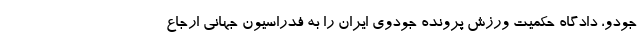
جودو، دادگاه حکمیت ورزش پرونده جودوی ایران را به فدراسیون جهانی ارجاع